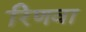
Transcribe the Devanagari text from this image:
रिणवा